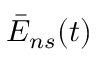
\bar { E } _ { n s } ( t )